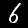
Digit: 6